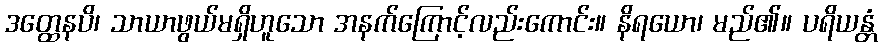
ဒတ္ထေနပိ၊ သာယာဖွယ်မရှိဟူသော အနက်ကြောင့်လည်းကောင်း။ နိရယော၊ မည်၏။ ပရိယန္တံ